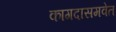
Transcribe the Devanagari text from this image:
कागदासमवेत